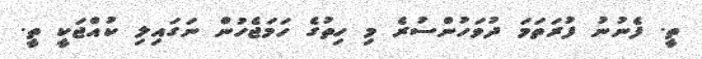
ތީ. ފެނުނު ފުރަތަމަ ދުވަހުންސުރެ މި ހިތުގެ ހަމަޖެހުން ނަގައިލި ކުއްޖަކީ ތީ.